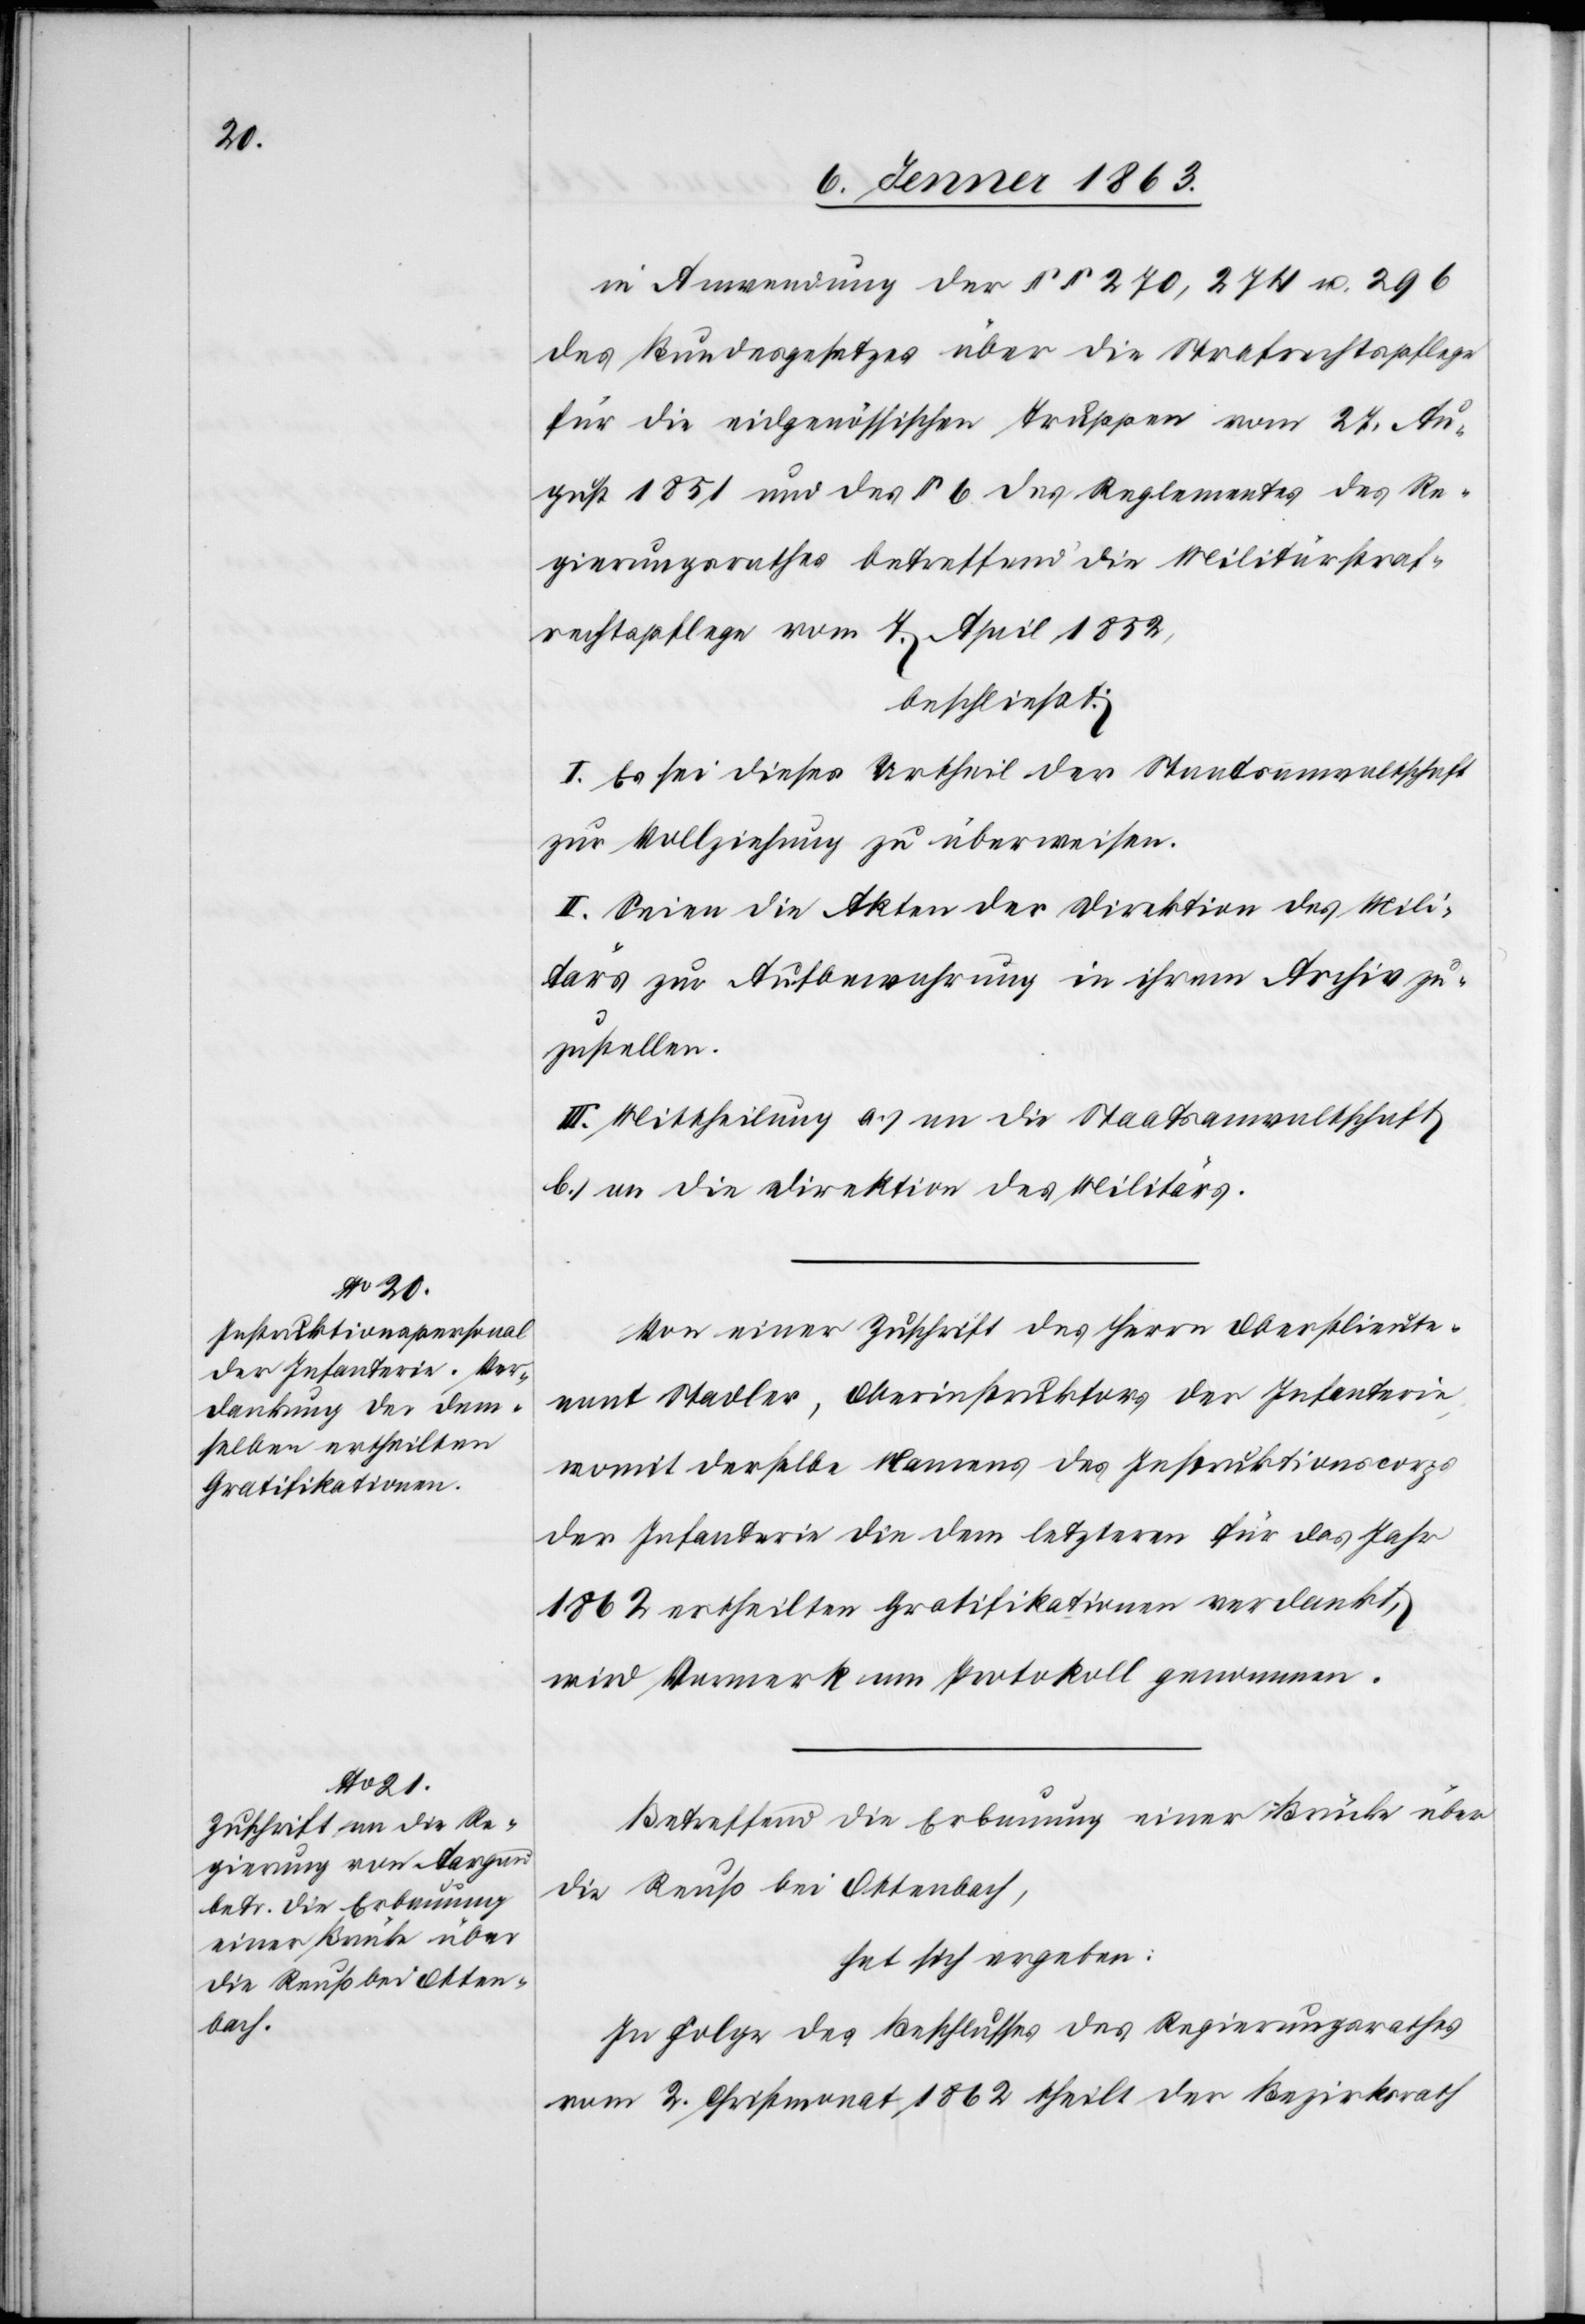
in Anwendung der §§ 270, 274 u. 296
des Bundesgesetzes über die Strafrechtspflege
für die eidgenössischen Truppen vom 27. Au¬
gust 1851 und des § 6. des Reglementes des Re¬
gierungsrathes betreffend die Militärstraf¬
rechtspflege vom 7. April 1852,
beschließt:
I. Es sei dieses Urtheil der Staatsanwaltschaft
zur Vollziehung zu überweisen.
II. Seien die Akten der Direktion des Mili¬
tärs zur Aufbewahrung in ihrem Archiv zu¬
zustellen.
III. Mittheilung a.) an die Staatsanwaltschaft
b.) an die Direktion des Militärs.
Von einer Zuschrift des Herrn Oberstlieute¬
nant Stadler, Oberinstruktors der Infanterie,
womit derselbe Namens des Instruktionscorps
der Infanterie die dem letzteren für das Jahr
1862 ertheilten Gratifikationen verdankt,
wird Vermerk am Protokoll genommen.
Betreffend die Erbauung einer Brücke über
die Reuß bei Ottenbach,
hat sich ergeben:
In Folge des Beschlusses des Regierungsrathes
vom 2. Christmonat 1862 theilt der Bezirksrath